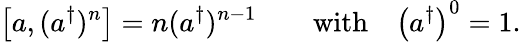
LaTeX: \left[a,(a^{\dagger})^{n}\right]=n(a^{\dagger})^{n-1}\qquad{\mathrm{with}}\quad\left(a^{\dagger}\right)^{0}=1.